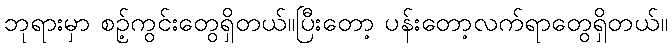
ဘုရားမှာ စဉ့်ကွင်းတွေရှိတယ်။ပြီးတော့ ပန်းတော့လက်ရာတွေရှိတယ်။